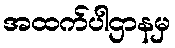
အထက်ပါဌာနမှ